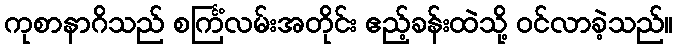
ကုစာနာဂိသည် စင်္ကြံလမ်းအတိုင်း ဧည့်ခန်းထဲသို့ ဝင်လာခဲ့သည်။